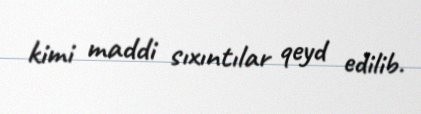
kimi maddi sıxıntılar qeyd edilib.